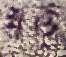
খত্